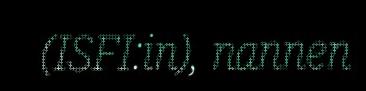
(ISFI:in), nannen